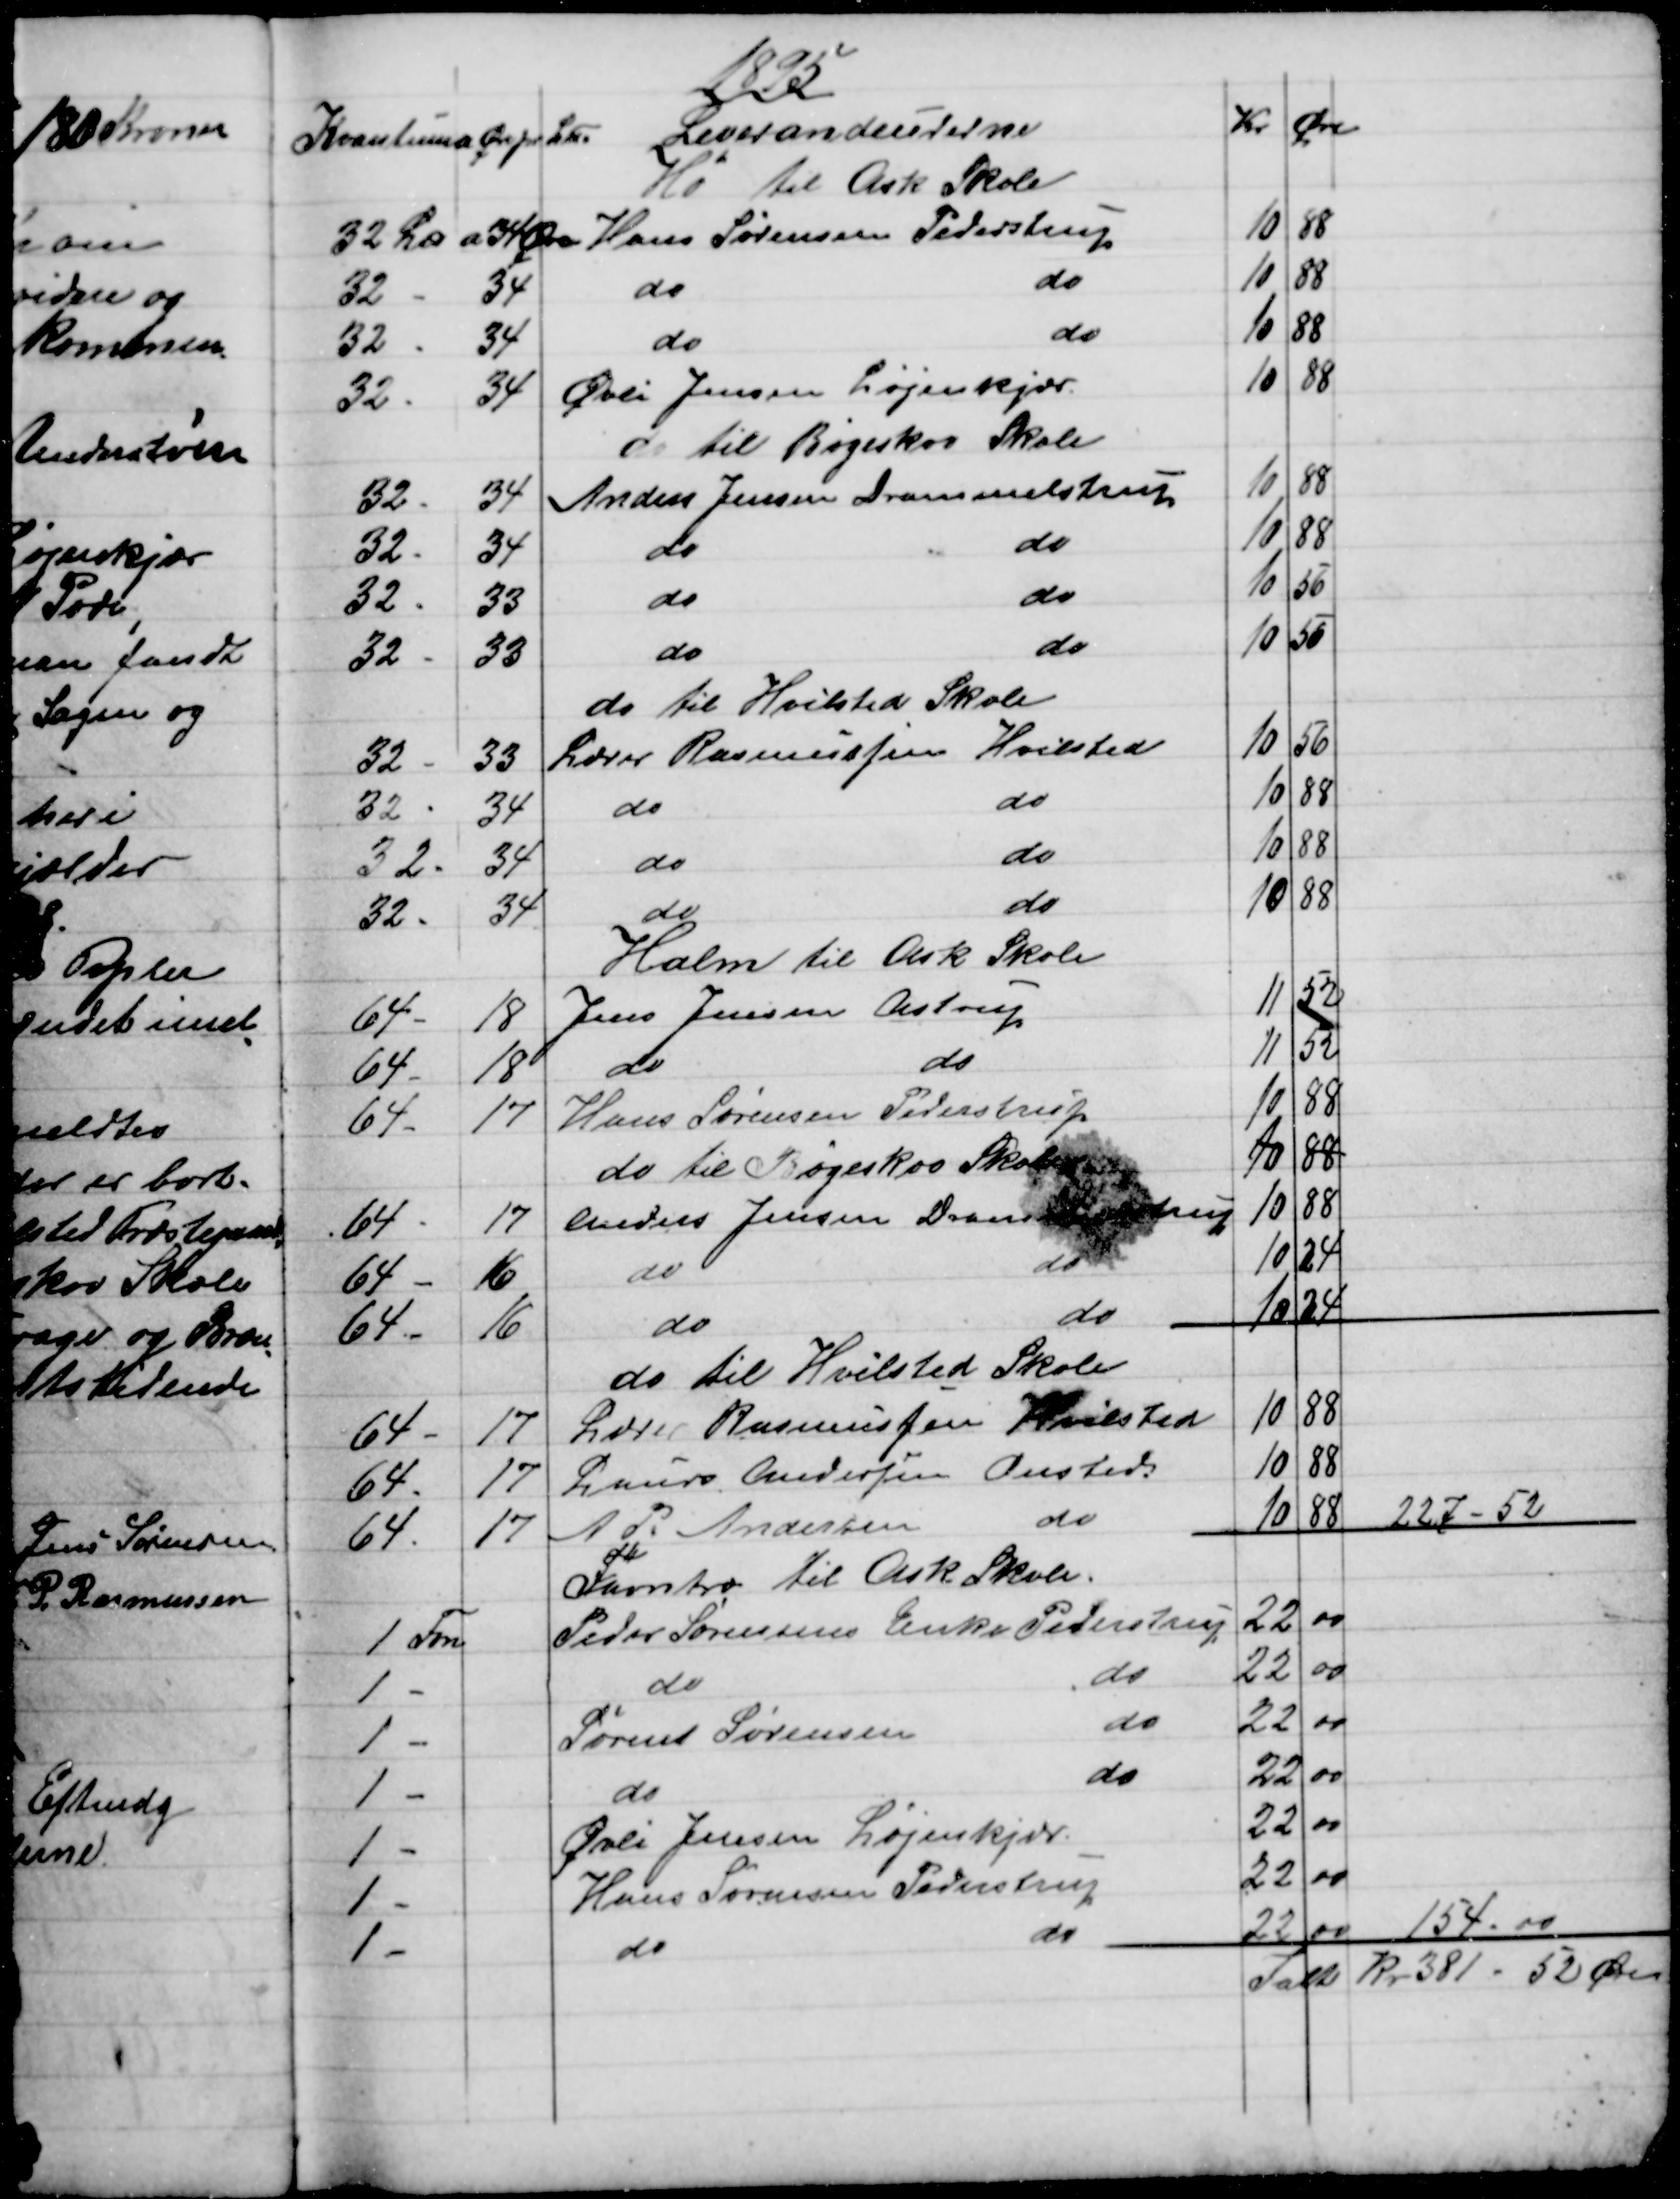
Transskription:
1895
Kvantum a Øre pr Lu
 Leverandeurerne
Kr
Øre
Hø til Ask Skole
32 L℔
a 34 Øre
Hans Sørensen Pederstrup
10
88
32 
34
do 
do
10
88
32
34
do
do
10
88
32 
34
Øvli Jensen Løjenkjær.
10
88
do til Bøgeskov Skole
32 
34
Anders Jensen Drammelstrup
10
88
32 -
34
do
do
10
88
32 
33
do
do
10
56
32 
33
do 
do
10
56
do til Hvilsted Skole
32 
33
Lærer Rasmussen Hvilsted
10
56
32 
34
do 
do
10
88
32 
34
do
do
10
88
32 
34
do
do
10
88
Halm til Ask Skole
64
18
Jens Jensen Astrup
11
52
64 
18
do 
do
11
52
64 
17
Hans Sørensen Pederstrup
10
88
do til Bøgeskov Skole 
10
88
64 
17
Anders Jensen Drammelstrup
10
88
64 
16
do
do
10
24
64 
16
do
do
10
24
do til Hvilsted Skole
64 
17
Lærer Rasmussen Hvilsted
10
88
64 
17
Laurs Andersen Onsted
10
88
64 
17
A. P. Andersen 
do
10
88
227 - 52
Favntræ til Ask Skole.
1 Fvn
Peder Sørensens Enke Pederstrup
22
00
1 
do 
do
22
00
1 
Søren Sørensen 
do
22
00
1 
do 
do
22
00
1 
Øvli Jensen Løjenkjær.
22
00
1 
Hans Sørensen Pederstrup
22
00
1 
do
do
22
00
154 - 00
Ialt
Kr 381 - 52 Øre